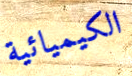
الكيميائية